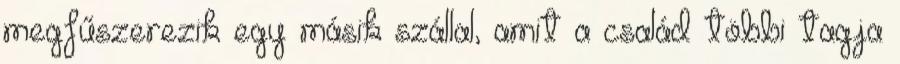
megfűszerezik egy másik szállal, amit a család többi tagja